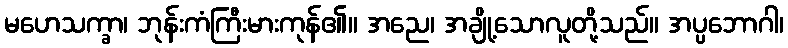
မဟေသက္ခာ၊ ဘုန်းကံကြီးမားကုန်၏။ အညေ၊ အချို့သောလူတို့သည်။ အပ္ပဘောဂါ၊